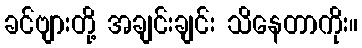
ခင်ဗျားတို့ အချင်းချင်း သိနေတာကိုး။